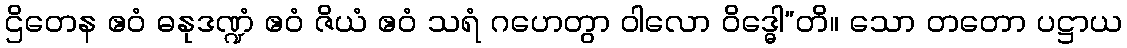
ဌိတေန ဧဝံ ဓနုဒဏ္ဍံ ဧဝံ ဇိယံ ဧဝံ သရံ ဂဟေတွာ ဝါလော ဝိဒ္ဓေါ”တိ။ သော တတော ပဋ္ဌာယ